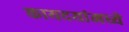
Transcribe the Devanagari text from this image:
कायदयांमध्ये